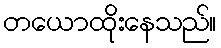
တယောထိုးနေသည်။